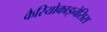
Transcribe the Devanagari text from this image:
कैरियोकाइनेसिस